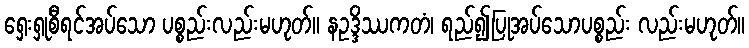
ရှေးရှုစီရင်အပ်သော ပစ္စည်းလည်းမဟုတ်။ နဥဒ္ဒိဿကတံ၊ ရည်၍ပြုအပ်သောပစ္စည်း လည်းမဟုတ်။